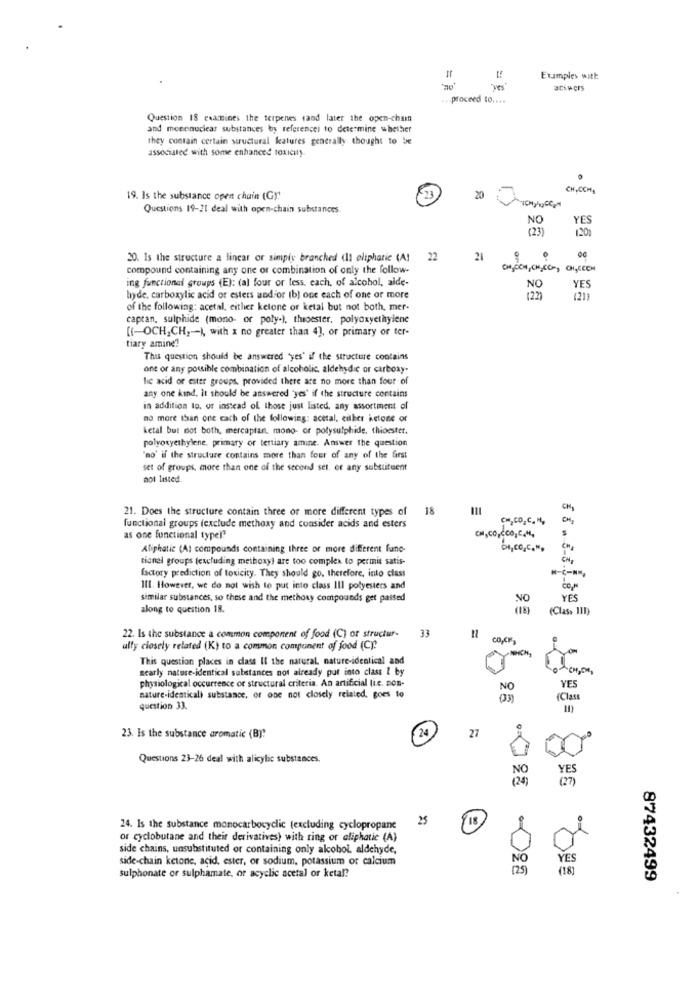
Examples with
"ves
-proceed 10. ...
Question 18 examines the terpenes sand later the open-chain
and mesenuclear substances by referencel to determine whether
they contain certain structural katures generally thought to be
associated with some enhanced toxicity
CH,OCH,
19. Is the substance open chain (Gr.
20
Questions 19-21 deal with open-chain substances
NO
YES
(23)
120g
20. Is the structure a linear or simply branched (1) oliphatic (A)
22
21
compound containing any one or combination of only the follow-
ing functional groups (E): (al four or less. each, of alcohol, aide-
YES
NO
hyde, carboxylic acid or esters andfor (b) one each of one or more
(22)
(21)
of the following: acetal, either ketone or ketal but not both, mer-
captan, sulphide (mono- or poly-), theoester. polyoxyethylene
[{-OCH,CH ,- ), with x no greater than 4], or primary or ter-
tiary amine?
This question should be answered 'yes' if the structure contains
one or any possible combination of alcoholic, aldehydic or carboxy-
lic acid of ester groups, provided there are no more than four of
any one kind, It should be answered 'yes' if the structure contains
in addition to. or instead of those just listed, any assortment of
no more than one cach of the following: acetal, either ketone or
ketal but not both, mercaptan. mono- or polysulphide, thioester.
polyoryethylene. primary or tertiary amine. Answer the question
"no" if the structure contains more than four of any of the first
set of groups, more than one of the second set, or any substituent
not listed.
21. Does the structure contain three of more different types of
18
CM,CO.C. H,
CH 2
functional groups (exclude methoxy and consider acids and esters
as one functional typer?
Aliphatic (A) compounds containing three or more different fune-
00,00,COM,
tienei groups (excluding methoxy) are too complex to permit satis-
factory prediction of toxicity. They should go, therefore, into class
Ill. However, we do not wish to put into class III polyesters and
similar substances, so these and the methoxy compounds get passed
NO
YES
6 8 . 6-8182
along to question 18.
(Class 111)
33
22. Is the substance a common component of food (C) or structur-
co.CF,
ulfy closely related (K) to a common component of food (C).
This question places in class Il the natural, nature-identical and
nearly nature-identical substances not already put into class & by
physiological occurrence of structural criteria. An artificial lie. non-
YES
nature-identicali substance, or one not closely related. goes to
(Class
question 33.
27
23. Is the substance aromatic (B):
24
Questions 23-26 deal with alicylic substances.
YES
22
(27)
25
24. Is the substance monocarbocyclic (excluding cyclopropane
18
or cyclobutane and their derivatives) with ring or aliphatic (A)
side chains, unsubstituted or containing only alcohol, aldehyde,
side-chain ketone, acid, ester, or sodium, potassium or calcium
YES
(18)
sulphonate or sulphamate, or acyclic acetal or ketal?
87432499